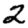
Digit: 2